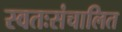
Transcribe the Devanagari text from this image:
स्वतःसंचालित